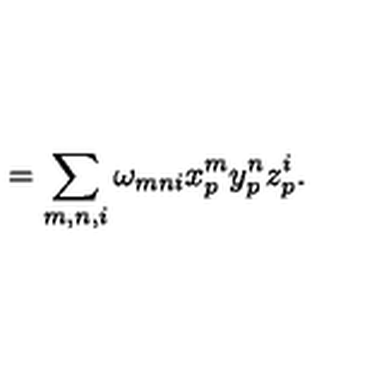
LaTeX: = \sum _ { m , n , i } \omega _ { m n i } x _ { p } ^ { m } y _ { p } ^ { n } z _ { p } ^ { i } .